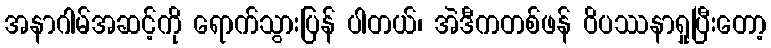
အနာဂါမ်အဆင့်ကို ရောက်သွားပြန် ပါတယ်၊ အဲဒီကတစ်ဖန် ဝိပဿနာရှုပြီးတော့